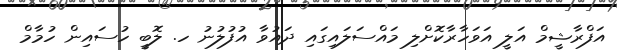
އަފްރާޝީމް އަލީ އަވަހާރާކޮށްލި މައްސަލައިގައި ދައުވާ އުފުލުނު ހ. ލޮބީ ހުސައިން ހުމާމް